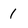
Character: 1